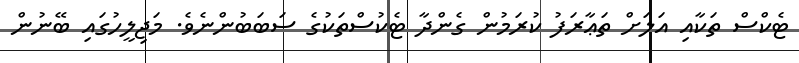
ޓެކްސް ތަކާއި އަލަށް ތަޢާރަފު ކުރަމުން ގެންދާ ޓެކުސްތަކުގެ ސަބަބުންނެވެ. މަޖިލީހުގައި ބޭނުން